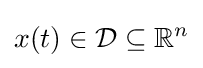
x(t)\in {\mathcal {D}}\subseteq \mathbb {R} ^{n}